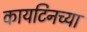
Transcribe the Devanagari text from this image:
कायटिनच्या